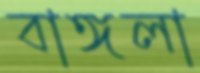
বাঙ্গলা